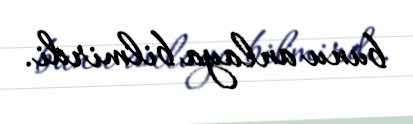
bunu anlaya bilmirdi.